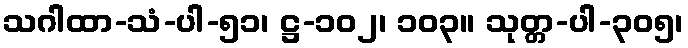
သဂါထာ-သံ-ပါ-၅၁၊ ဋ္ဌ-၁၀၂၊ ၁၀၃။ သုတ္တ-ပါ-၃၀၅၊